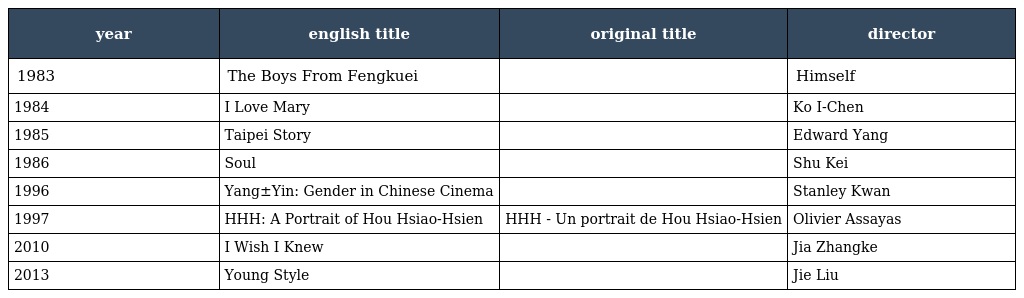
| year | english title | original title | director |
 | --- | --- | --- | --- |
 | 1983 | The Boys From Fengkuei | 風櫃來的人 | Himself |
 | 1984 | I Love Mary | 我愛瑪莉 | Ko I-Chen |
 | 1985 | Taipei Story | 青梅竹馬 | Edward Yang |
 | 1986 | Soul | 老娘夠騷 | Shu Kei |
 | 1996 | Yang±Yin: Gender in Chinese Cinema | 男生女相 | Stanley Kwan |
 | 1997 | HHH: A Portrait of Hou Hsiao-Hsien | HHH - Un portrait de Hou Hsiao-Hsien | Olivier Assayas |
 | 2010 | I Wish I Knew | 海上傳奇 | Jia Zhangke |
 | 2013 | Young Style | 青春派 | Jie Liu |